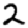
Digit: 2